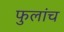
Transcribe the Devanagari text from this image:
फुलांच